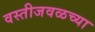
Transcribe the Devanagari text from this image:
वस्तीजवळच्या